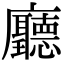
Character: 廳